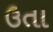
ઉતા